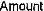
AMOUNT